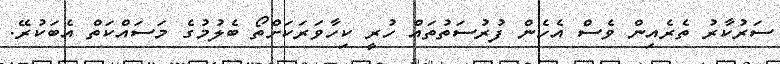
ސަރުކާރު ތެރެއިން ވެސް އެހެން ފުރުސަތުތައް ހުރީ ކިހާވަރަކަށްތޯ ބެލުމުގެ މަސައްކަތް އެބަކުރޭ.